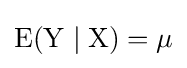
{\rm {{E}(Y\mid X)=\mu }}